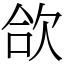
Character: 欱